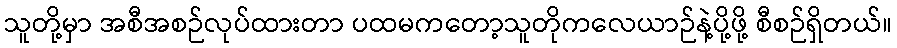
သူတို့မှာ အစီအစဉ်လုပ်ထားတာ ပထမကတော့သူတိုကလေယာဉ်နဲ့ပို့ဖို့ စီစဉ်ရှိတယ်။